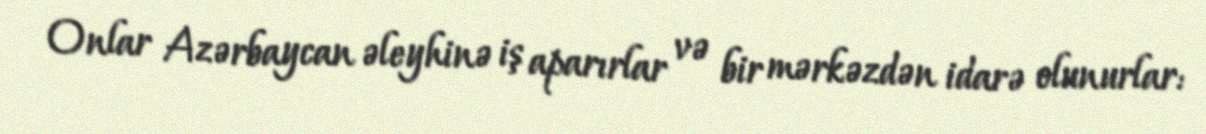
Onlar Azərbaycan əleyhinə iş aparırlar və bir mərkəzdən idarə olunurlar: